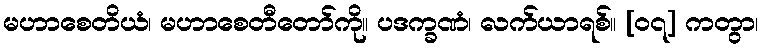
မဟာစေတိယံ၊ မဟာစေတီတော်ကို။ ပဒက္ခဏံ၊ လက်ယာရစ်။ [၀၇] ကတွာ၊